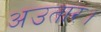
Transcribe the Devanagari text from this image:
अउतार।